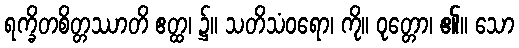
ရက္ခိတစိတ္တဿာတိ ဧတ္ထ၊ ၌။ သတိသံဝရော၊ ကို။ ဝုတ္တော၊ ၏။ သော